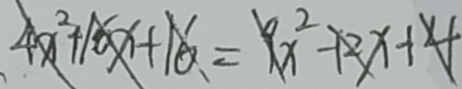
4 x ^ { 2 } + 1 6 x + 1 6 = 9 x ^ { 2 } - 1 2 x + 4